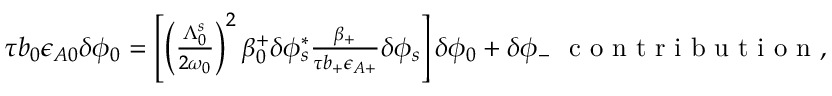
\begin{array} { r } { \tau b _ { 0 } \epsilon _ { A 0 } \delta \phi _ { 0 } = \left[ \left( \frac { \Lambda _ { 0 } ^ { s } } { 2 \omega _ { 0 } } \right) ^ { 2 } \beta _ { 0 } ^ { + } \delta \phi _ { s } ^ { * } \frac { \beta _ { + } } { \tau b _ { + } \epsilon _ { A + } } \delta \phi _ { s } \right] \delta \phi _ { 0 } + \delta \phi _ { - } \ \mathrm { ~ c ~ o ~ n ~ t ~ r ~ i ~ b ~ u ~ t ~ i ~ o ~ n ~ } , } \end{array}